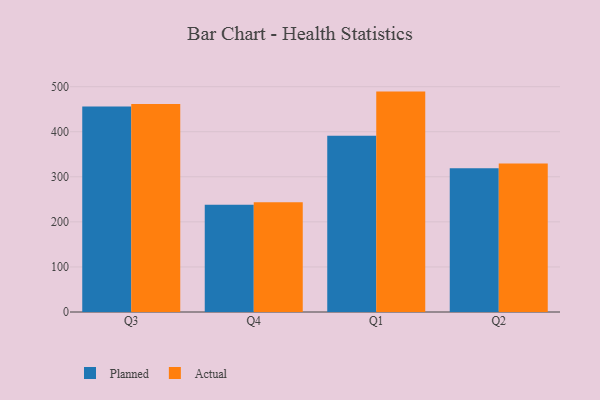
{"axis": {"x": "Quarter", "y": "Tickets Resolved"}, "legend": ["Actual", "Planned"], "data": [{"x": "Q3", "y": 455.8, "type": "Planned"}, {"x": "Q3", "y": 461.5, "type": "Actual"}, {"x": "Q4", "y": 237.8, "type": "Planned"}, {"x": "Q4", "y": 243.7, "type": "Actual"}, {"x": "Q1", "y": 391.2, "type": "Planned"}, {"x": "Q1", "y": 489.1, "type": "Actual"}, {"x": "Q2", "y": 319.0, "type": "Planned"}, {"x": "Q2", "y": 329.3, "type": "Actual"}]}